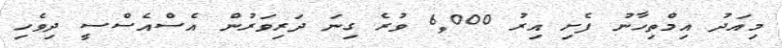
މިއަދު އިމްތިހާނު ފެށި އިރު 6